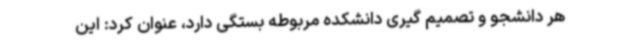
هر دانشجو و تصمیم گیری دانشکده مربوطه بستگی دارد، عنوان کرد: این